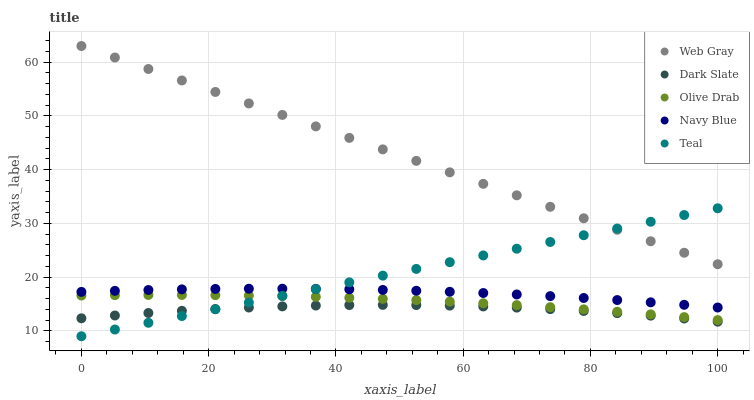
| xaxis_label | Web Gray | Dark Slate | Olive Drab | Navy Blue | Teal |
 | --- | --- | --- | --- | --- | --- |
 | 0 | 63 | 12.3 | 16.6 | 17.3 | 9 |
 | 5.26 | 60.9 | 12.9 | 16.6 | 17.4 | 10.3 |
 | 10.5 | 58.7 | 13.3 | 16.7 | 17.6 | 11.5 |
 | 15.8 | 56.6 | 13.7 | 16.7 | 17.7 | 12.8 |
 | 21.1 | 54.5 | 14.1 | 16.6 | 17.8 | 14 |
 | 26.3 | 52.3 | 14.3 | 16.6 | 17.8 | 15.3 |
 | 31.6 | 50.2 | 14.6 | 16.5 | 17.8 | 16.5 |
 | 36.8 | 48 | 14.7 | 16.3 | 17.8 | 17.8 |
 | 42.1 | 45.9 | 14.8 | 16.2 | 17.7 | 19 |
 | 47.4 | 43.8 | 14.8 | 16 | 17.6 | 20.3 |
 | 52.6 | 41.6 | 14.8 | 15.7 | 17.5 | 21.5 |
 | 57.9 | 39.5 | 14.7 | 15.4 | 17.3 | 22.8 |
 | 63.2 | 37.4 | 14.5 | 15.1 | 17 | 24 |
 | 68.4 | 35.2 | 14.3 | 14.8 | 16.8 | 25.3 |
 | 73.7 | 33.1 | 14 | 14.4 | 16.5 | 26.5 |
 | 78.9 | 30.9 | 13.7 | 14 | 16.1 | 27.8 |
 | 84.2 | 28.8 | 13.3 | 13.6 | 15.7 | 29 |
 | 89.5 | 26.7 | 12.8 | 13.1 | 15.3 | 30.3 |
 | 94.7 | 24.5 | 12.3 | 12.6 | 14.8 | 31.6 |
 | 100 | 22.4 | 11.7 | 12 | 14.3 | 32.8 |